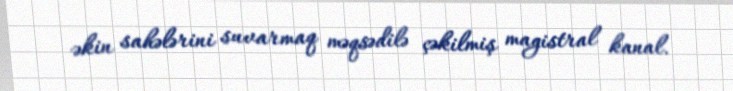
əkin sahələrini suvarmaq məqsədilə çəkilmiş magistral kanal.